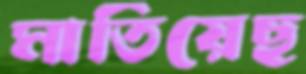
মাতিয়েছ